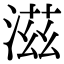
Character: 滋